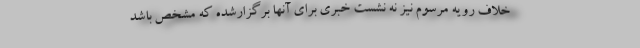
خلاف رویه مرسوم نیز نه نشست خبری برای آنها برگزارشده که مشخص باشد